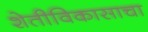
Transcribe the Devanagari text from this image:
शेतीविकासाचा